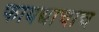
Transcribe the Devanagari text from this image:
फायद्याचाच